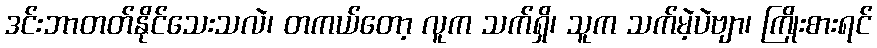
ဒင်းဘာတတ်နိုင်သေးသလဲ၊ တကယ်တော့ လူက သက်ရှိ၊ သူက သက်မဲ့ပဲဗျာ၊ ကြိုးစားရင်